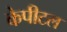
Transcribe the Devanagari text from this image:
केपीटल